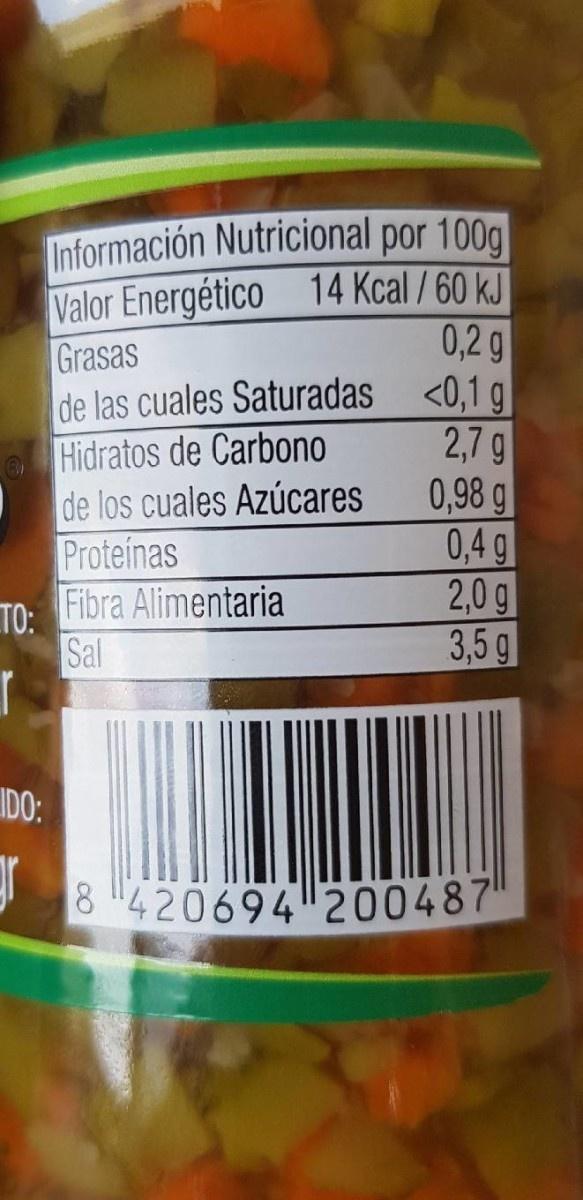
Información Nutricional por 100g Valor Energético 14 Kcal / 60 kJ 0,2 g de las cuales Saturadas <0,1 g 2,7 g 0,98 g 0,4 g 2,0g 3,5g
Grasas
Hidratos de Carbono de los cuales Azúcares Proteinas
TO: Fibra Alimentaria Sal
IDO:
8 420694"20048